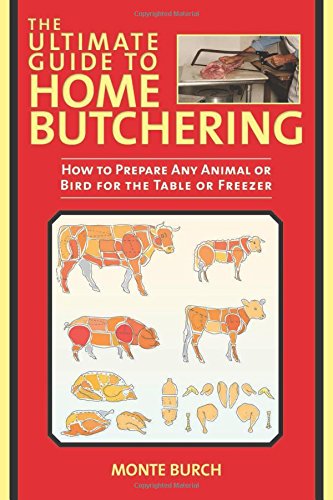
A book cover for The Ultimate Guide to Home Butchering: How to Prepare Any Animal or Bird for the Table or Freezer; Monte Burch; Cookbooks, Food & Wine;